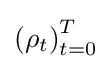
\left(\rho _{t}\right)_{t=0}^{T}